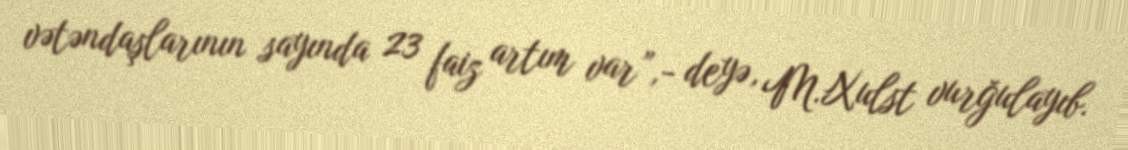
vətəndaşlarının sayında 23 faiz artım var”,- deyə, M.Xulst vurğulayıb.